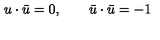
u \cdot \bar { u } = 0 , \qquad \bar { u } \cdot \bar { u } = - 1